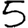
Digit: 5